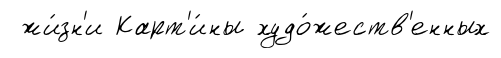
жи́зн'и Карт'и́ны худо́жеств'енных